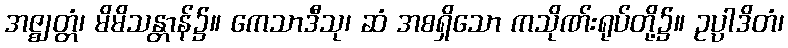
အဇ္ဈတ္တံ၊ မိမိသန္တာန်၌။ ကေသာဒီသု၊ ဆံ အစရှိသော ကသိုဏ်းရုပ်တို့၌။ ဥပ္ပါဒိတံ၊